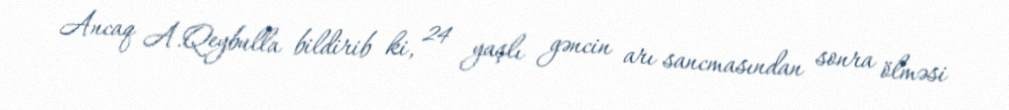
Ancaq A.Qeybulla bildirib ki, 24 yaşlı gəncin arı sancmasından sonra ölməsi